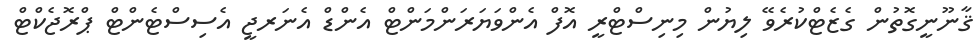
ޤާނޫނީގޮތުން ގެޒެޓްކުރެވޭ ލިޔުން މިނިސްޓްރީ އޮފް އެންވަޔަރަންމަންޓް އެންޑް އެނަރޖީ އެސިސްޓެންޓް ޕްރޮޖެކްޓް